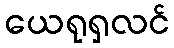
ယေရုရှလင်